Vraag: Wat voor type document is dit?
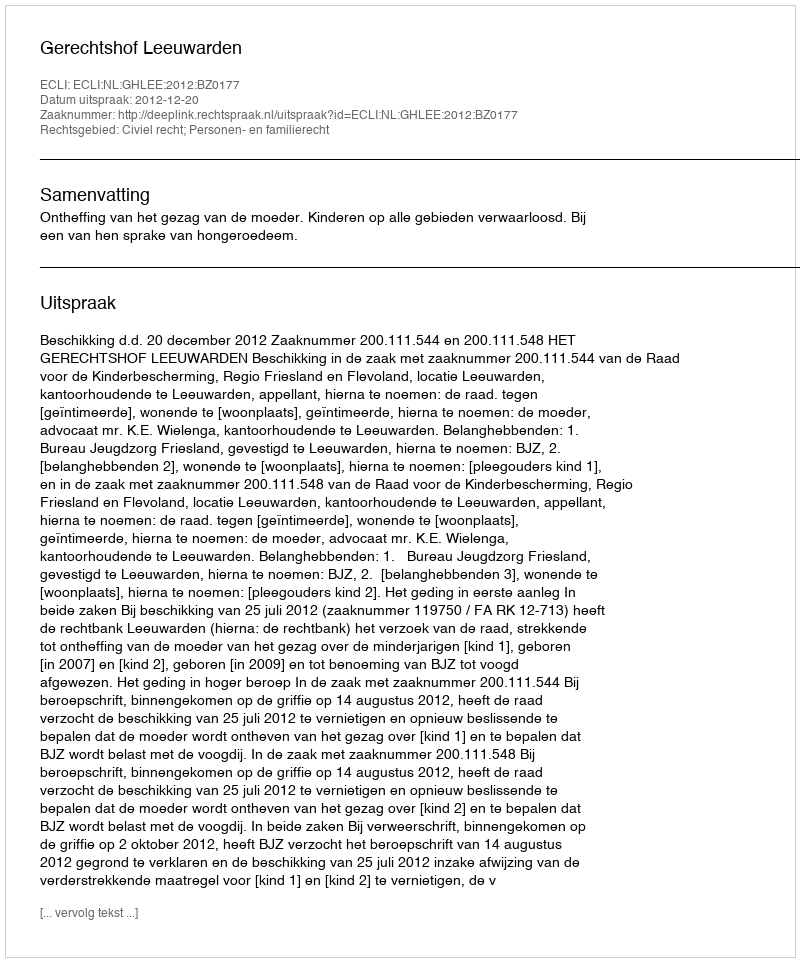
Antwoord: Uitspraak